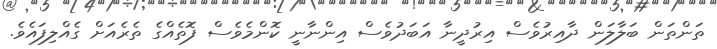
ތަންތަން ބަލާލަން ދާއިރުވެސް އިރުދީނާ އަބަދުވެސް އިންނާނީ ކޮންމެވެސް ފޮތެއްގެ ތެރެއަށް ގެއްލިފައެވެ.